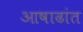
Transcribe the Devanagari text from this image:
आषाढांत